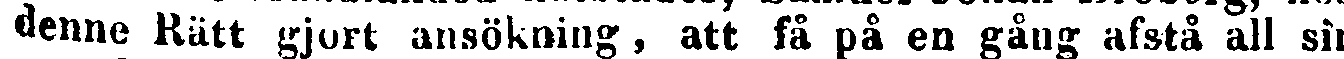
denne Rätt gjort ansökning, att få på en gång afstå all sin